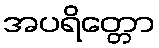
အပရိတ္တော